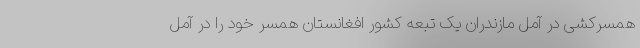
همسرکشی در آمل مازندران یک تبعه کشور افغانستان همسر خود را در آمل